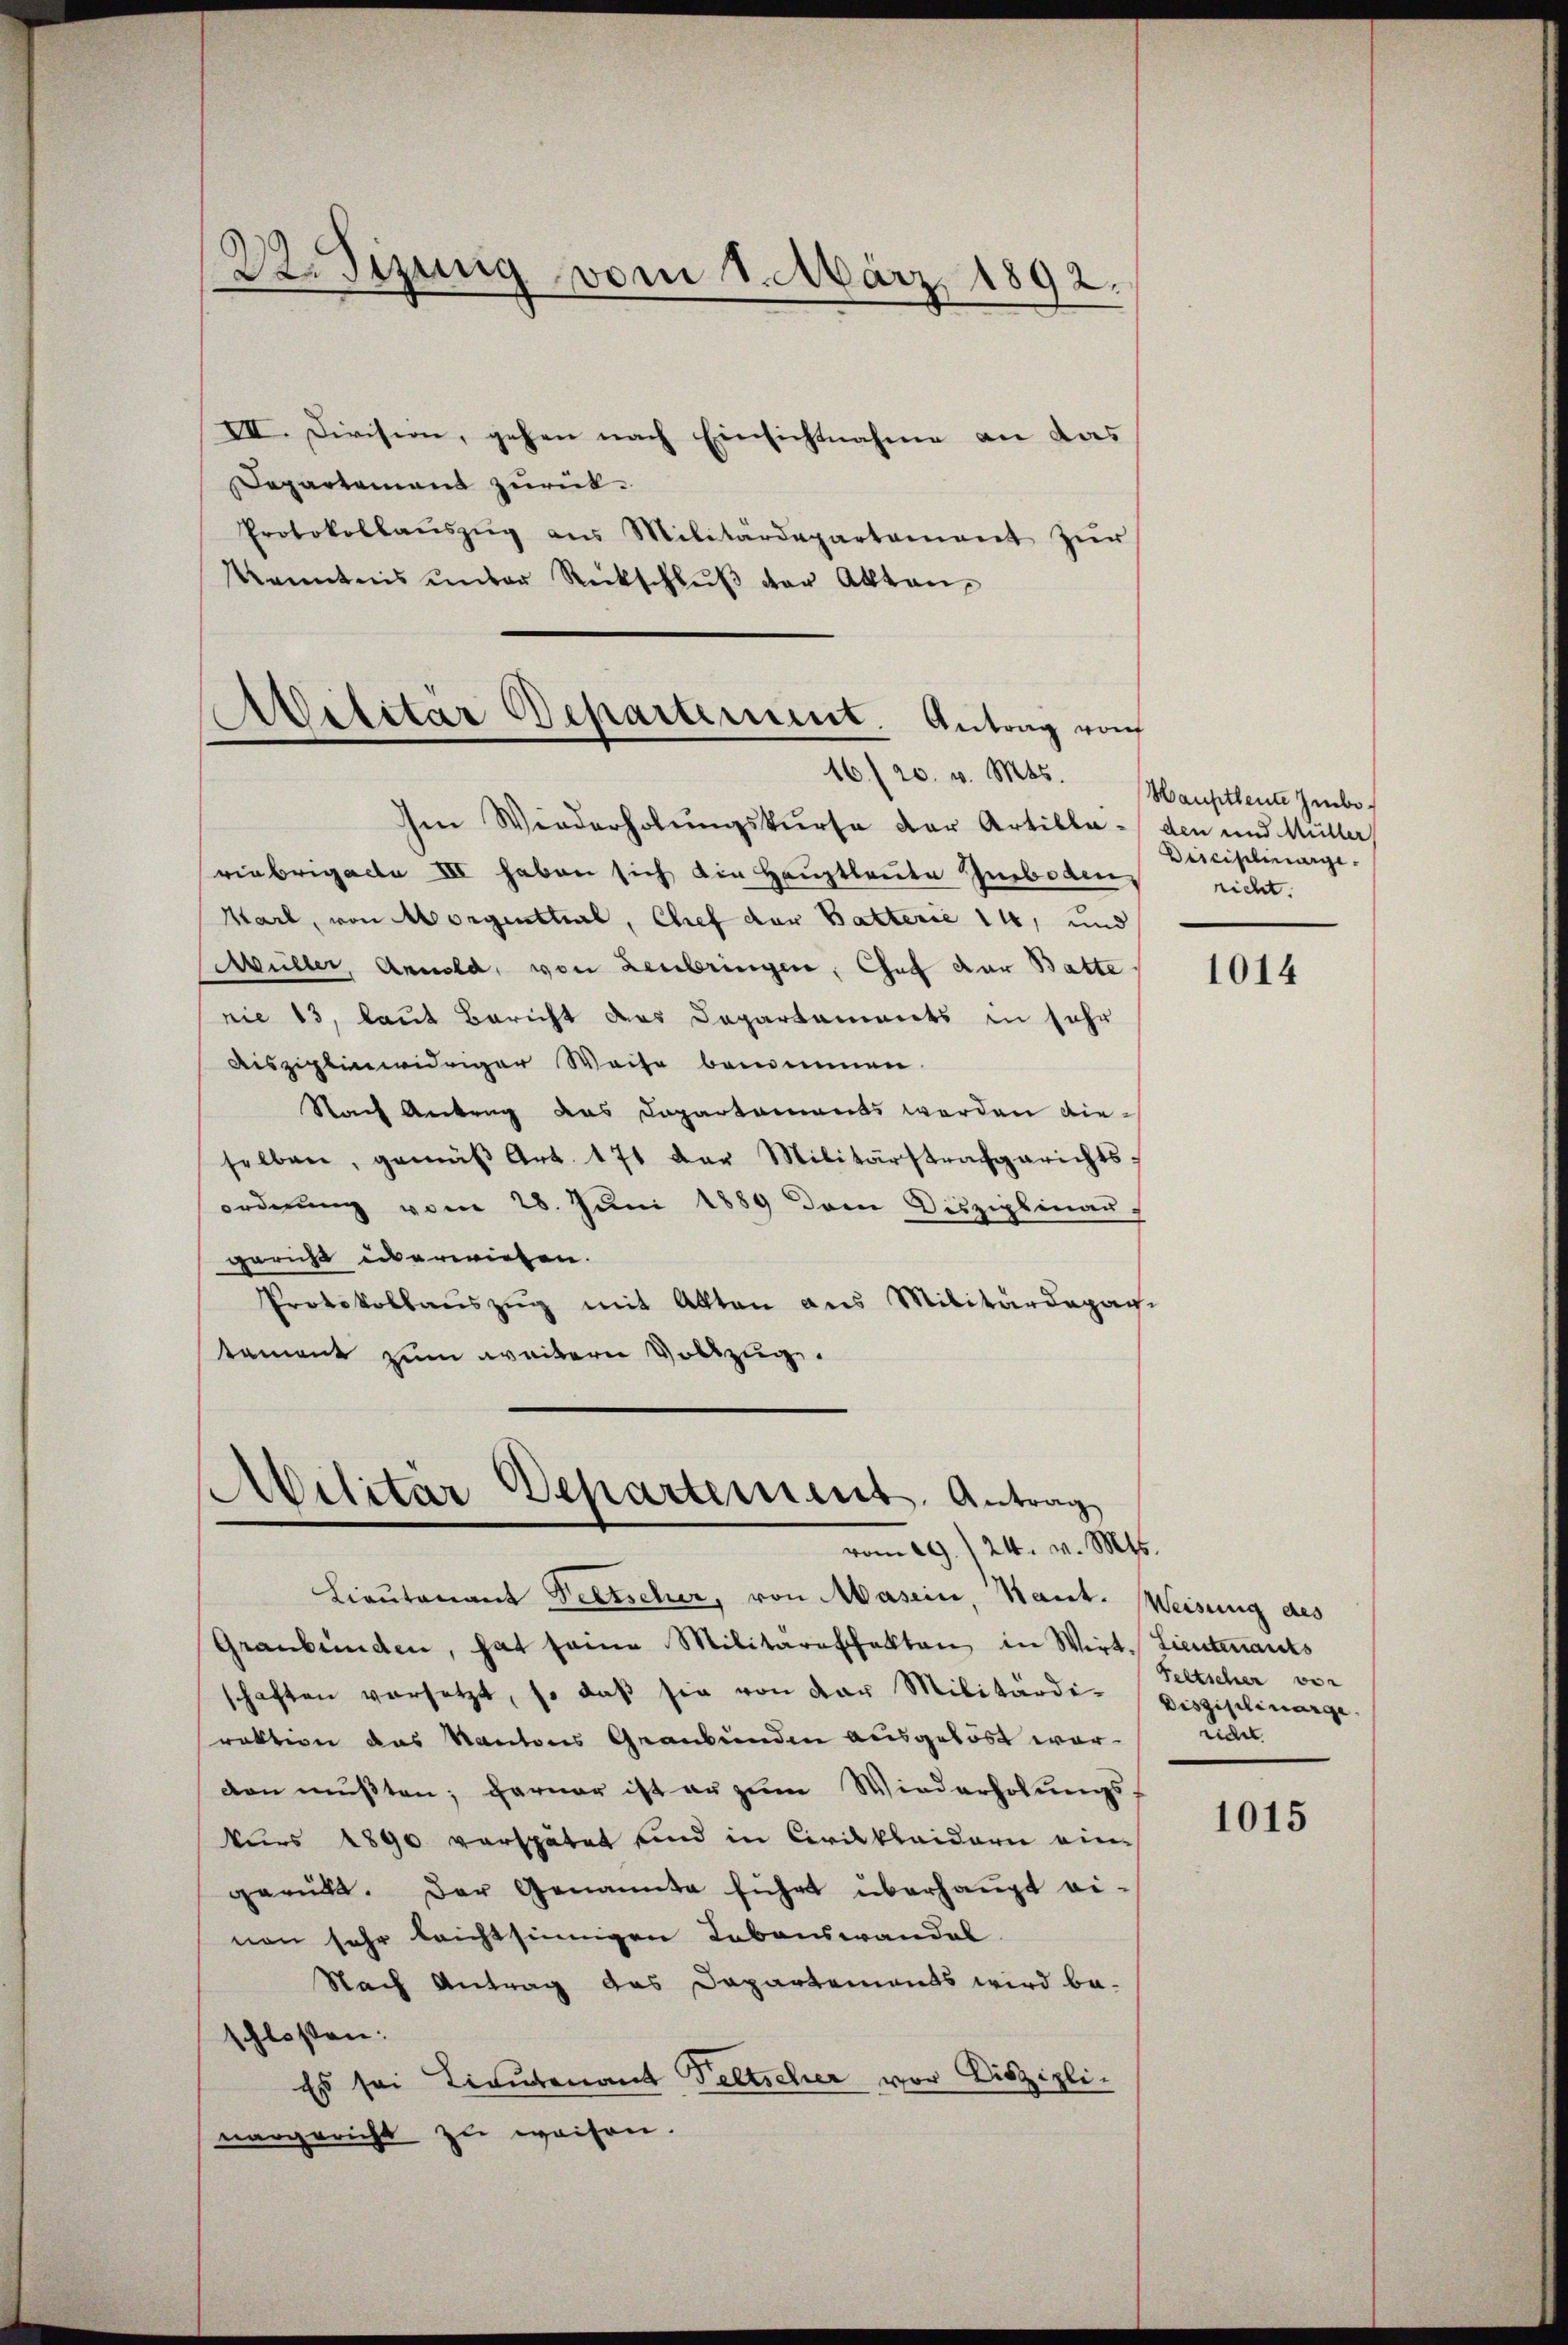
22. Sizung vom 1. März 1892.

VII. Division, gehen nach Einsichtnahme an das |
Departement zurück¬
Protokollaŭszŭg ans Militärdepartement zŭr
Kenntnis unter Rückschluß vor Akten,

Avilitär Bepartement. Antrag von
16./20. v. Mts.

Im Wiederholungskurse der Artilla - den und Müller
viebrigacte III haben sich die Hauptleute Zusbodens richt.
Karl, von Morgenthal, Chef der Batterie 14, und
Müller, Annold, von Leubringen, Chef der Batte
nie 13, laut Bericht des Departaments in sehr
Aiszipliewidriger Weise benommen.
Nach Antrag das Departements werden dieselben, gemäβ Art. 171 der Militärstrafgerichts-
ordnung vom 28. Juni 1889 dem Disziplinaus
gericht überwiesen.
Protokollauszug mit Akten aus Militärdepar-
tament zum weitern Vollzug.

Militar Departement. Antrag
vom 29./24. v. Mts.

Lieutenant Peetscher, von Masein, Kant. Weisung des
Graubünden, hat seine Militäreffekten in Wirt. Lieutenants
schaften versetzt, so daβ sie von der Militärdi-
raktion das Kantons Graubünden ausgelöst war nicht
den mußten; ferner ist er zum Wiederholungs-
kurs 1890 verspätet sind in Civilklaidern eingerückt. Der Genannte führt überhaupt einon sehr leichtsinnigen Lebenswandel
Nach Antrag das Dapartements wird be-
schloßen:
Es sei Lieutenant Peltscher vor Disziplinargericht zu weisen.

Hauptleute Imbo¬
Disciplinarge.

1014

Feltscher ver
Disziplinarge.

1015